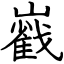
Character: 巀